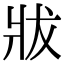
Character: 𤕳